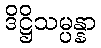
ဒိဋ္ဌိသမ္ပန္နာ